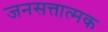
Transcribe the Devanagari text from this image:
जनसत्तात्मक